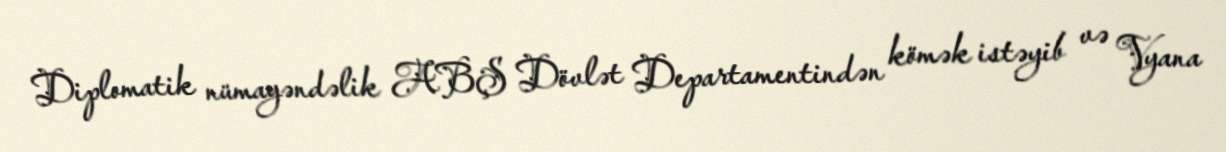
Diplomatik nümayəndəlik ABŞ Dövlət Departamentindən kömək istəyib və Vyana